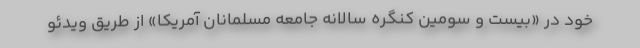
خود در «بیست و سومین کنگره سالانه جامعه مسلمانان آمریکا» از طریق ویدئو